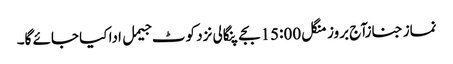
نماز جنازآج بروز منگل 15:00بجے پنگالی نزد کوٹ جیمل ادا کیا جائے گا۔